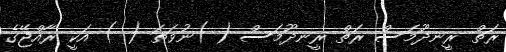
ރަތް ރީނދޫމަސް ރަތް ރީނދޫމަސް ( )ނުވަތަ ( ) އަކީ ރާއްޖޭގެ